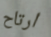
ارتاح